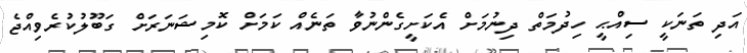
އަދި ތަނަކީ ސިއްޙީ ހިދުމަތް ދިނުމަށް އެކަށީގެންނުވާ ތަނެއް ކަމަށް ކޮމިޝަނަރަށް ގަބޫލުކުރެވިއްޖެ